Leprosy in India: report of the Leprosy Commission in India, 1890-91
Year: 1890
Disease focus: Leprosy
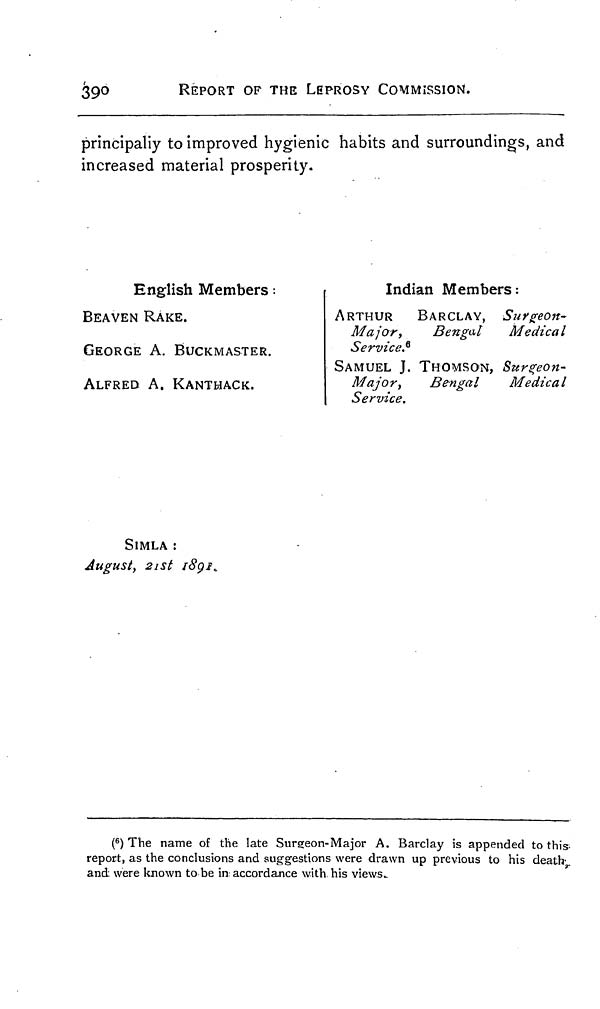
39°
REPORT OF THE LEPROSY COMMISSION.
principaliy to improved hygienic habits and surroundings, and
increased material prosperity.
English Members ;
BEAVEN RAKE.
GEORGE A. BUCKMASTER.
ALFRED A. KANTHACK.
Indian Members:
ARTHUR
BARCLAY, Surgeon-
Major,
Bengal
Medical
Service. 6
SAMUEL J. THOMSON, Surgeon-
Major,
Bengal
Medical
Service.
SIMLA :
August, 21st 189F.
( 6 ) The name of the late Surgeon-Major A. Barclay is appended to this
report, as the conclusions and suggestions were drawn up previous to his death-
and were known to be in accordance with his views..